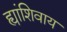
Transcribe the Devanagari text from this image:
ह्यांशिवाय